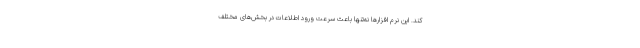
کند. این نرم افزارها نه‌تنها باعث سرعت ورود اطلاعات در بخش‌های مختلف